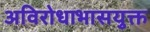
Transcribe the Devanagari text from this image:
अविरोधाभासयुक्त